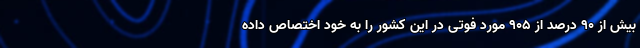
بیش از ۹۰ درصد از ۹۰۵ مورد فوتی در این کشور را به خود اختصاص داده